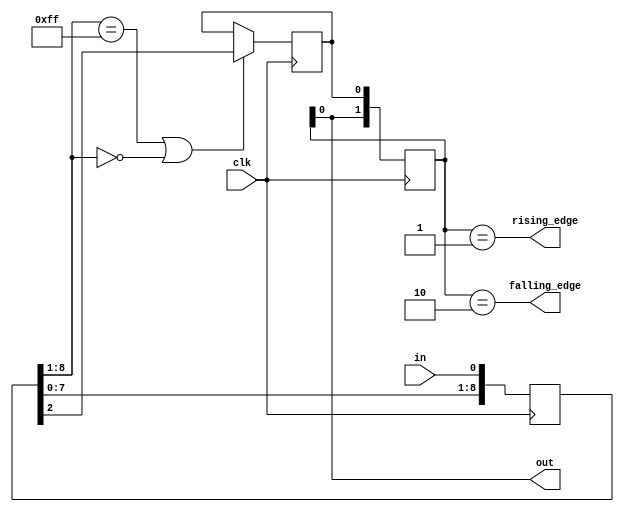
//----Filter Module--------------------------------------------------------------

module filter (
  input clk,
  input in,
  output out,
  output falling_edge,
  output rising_edge);
  
localparam [3:0] FILTER_WIDTH = 8;

reg filtered;

reg [FILTER_WIDTH:0] raw; always @(posedge clk) begin
  raw <= {raw[FILTER_WIDTH - 1:0], in};
  filtered <= ((raw[FILTER_WIDTH:1] == {FILTER_WIDTH{1'b1}}) | (raw[FILTER_WIDTH:1] == {FILTER_WIDTH{1'b0}})) ? raw[2] : filtered;
end

reg [1:0] seq; always @(posedge clk) seq <= {seq[0], filtered};
assign falling_edge = seq == 2'b10;
assign rising_edge = seq == 2'b01;
assign out = seq[0];

endmodule